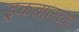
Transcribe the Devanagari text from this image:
इकबालच्या